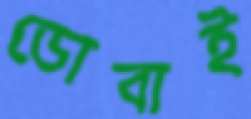
ডোবাই